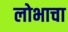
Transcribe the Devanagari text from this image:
लोभाचा